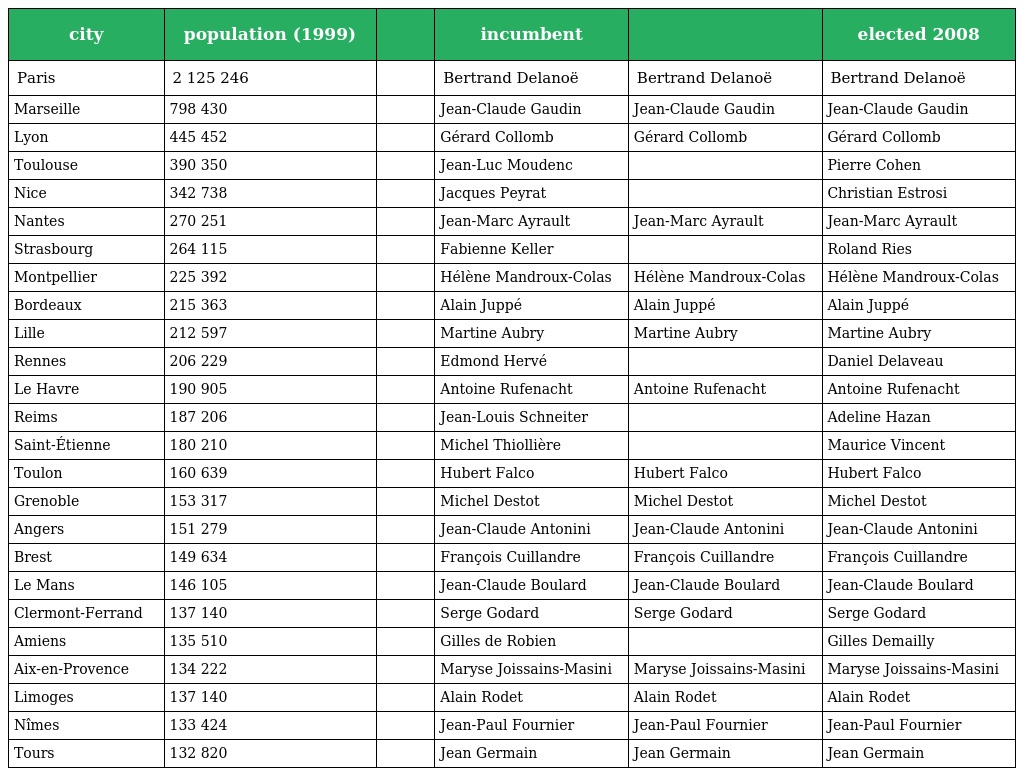
| city | population (1999) |  | incumbent |  | elected 2008 |
 | --- | --- | --- | --- | --- | --- |
 | Paris | 2 125 246 |  | Bertrand Delanoë | Bertrand Delanoë | Bertrand Delanoë |
 | Marseille | 798 430 |  | Jean-Claude Gaudin | Jean-Claude Gaudin | Jean-Claude Gaudin |
 | Lyon | 445 452 |  | Gérard Collomb | Gérard Collomb | Gérard Collomb |
 | Toulouse | 390 350 |  | Jean-Luc Moudenc |  | Pierre Cohen |
 | Nice | 342 738 |  | Jacques Peyrat |  | Christian Estrosi |
 | Nantes | 270 251 |  | Jean-Marc Ayrault | Jean-Marc Ayrault | Jean-Marc Ayrault |
 | Strasbourg | 264 115 |  | Fabienne Keller |  | Roland Ries |
 | Montpellier | 225 392 |  | Hélène Mandroux-Colas | Hélène Mandroux-Colas | Hélène Mandroux-Colas |
 | Bordeaux | 215 363 |  | Alain Juppé | Alain Juppé | Alain Juppé |
 | Lille | 212 597 |  | Martine Aubry | Martine Aubry | Martine Aubry |
 | Rennes | 206 229 |  | Edmond Hervé |  | Daniel Delaveau |
 | Le Havre | 190 905 |  | Antoine Rufenacht | Antoine Rufenacht | Antoine Rufenacht |
 | Reims | 187 206 |  | Jean-Louis Schneiter |  | Adeline Hazan |
 | Saint-Étienne | 180 210 |  | Michel Thiollière |  | Maurice Vincent |
 | Toulon | 160 639 |  | Hubert Falco | Hubert Falco | Hubert Falco |
 | Grenoble | 153 317 |  | Michel Destot | Michel Destot | Michel Destot |
 | Angers | 151 279 |  | Jean-Claude Antonini | Jean-Claude Antonini | Jean-Claude Antonini |
 | Brest | 149 634 |  | François Cuillandre | François Cuillandre | François Cuillandre |
 | Le Mans | 146 105 |  | Jean-Claude Boulard | Jean-Claude Boulard | Jean-Claude Boulard |
 | Clermont-Ferrand | 137 140 |  | Serge Godard | Serge Godard | Serge Godard |
 | Amiens | 135 510 |  | Gilles de Robien |  | Gilles Demailly |
 | Aix-en-Provence | 134 222 |  | Maryse Joissains-Masini | Maryse Joissains-Masini | Maryse Joissains-Masini |
 | Limoges | 137 140 |  | Alain Rodet | Alain Rodet | Alain Rodet |
 | Nîmes | 133 424 |  | Jean-Paul Fournier | Jean-Paul Fournier | Jean-Paul Fournier |
 | Tours | 132 820 |  | Jean Germain | Jean Germain | Jean Germain |